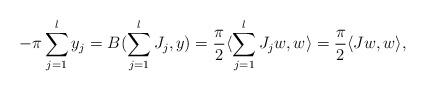
LaTeX: \begin{align*}-\pi \sum_{j=1}^ly_j=B(\sum_{j=1}^l J_j,y)=\frac{\pi}{2}\langle \sum_{j=1}^l J_j w,w\rangle=\frac{\pi}{2}\langle J w,w\rangle,\end{align*}